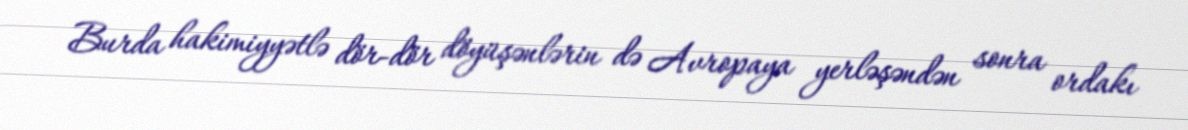
Burda hakimiyyətlə dör-dör döyüşənlərin də Avropaya yerləşəndən sonra ordakı